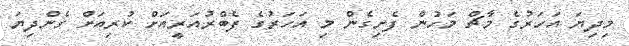
މިދިޔަ އަހަރުގެ މާޗް މަހުން ފެށިގެން މި އަހަރުގެ ފެބްރުއަރީއަށް ކުރިއަށް ގެންދިޔަ